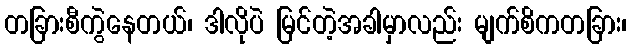
တခြားစီကွဲနေတယ်၊ ဒါလိုပဲ မြင်တဲ့အခါမှာလည်း မျက်စိကတခြား၊